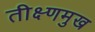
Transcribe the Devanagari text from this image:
तीक्ष्णमुख